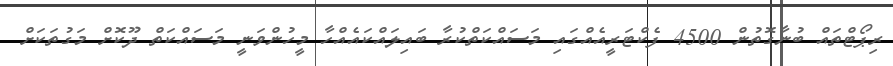
ރިޕޯޓްތައް ބުނާގޮތުން 4500 ފެކްޓަރީއެއްގައި މަސައްކަތްކުރާ ބައިލައްކައެއްހާ މީހުންވަނީ މަސައްކަތް ދޫކޮށް މަގުތަކަށް